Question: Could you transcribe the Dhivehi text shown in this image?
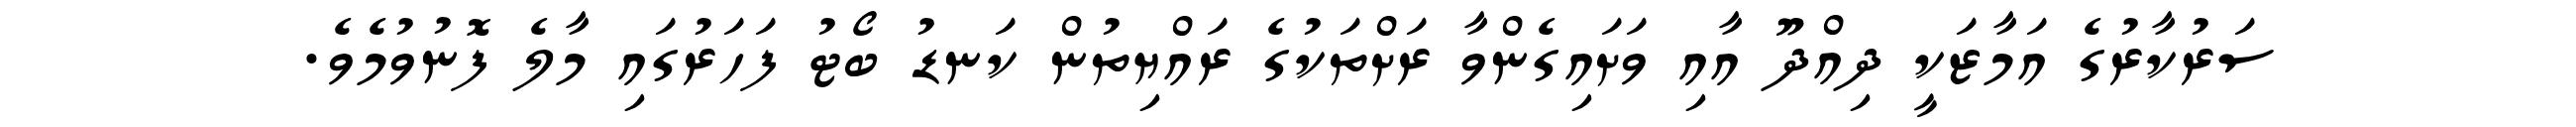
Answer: ސަރުކާރުގެ އަމާޒަކީ ދިއްދޫ އާއި ވަށައިގެންވާ ރަށްތަކުގެ ރައްޔިތުން ކަނޑު ބޯޓު ފަހަރުގައި މާލެ ފޮނުވުމެވެ.